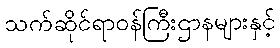
သက်ဆိုင်ရာဝန်ကြီးဌာနများနှင့်